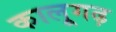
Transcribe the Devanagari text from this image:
कालूगढ़